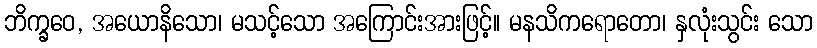
ဘိက္ခဝေ, အယောနိသော၊ မသင့်သော အကြောင်းအားဖြင့်။ မနသိကရောတော၊ နှလုံးသွင်း သော